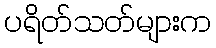
ပရိတ်သတ်များက